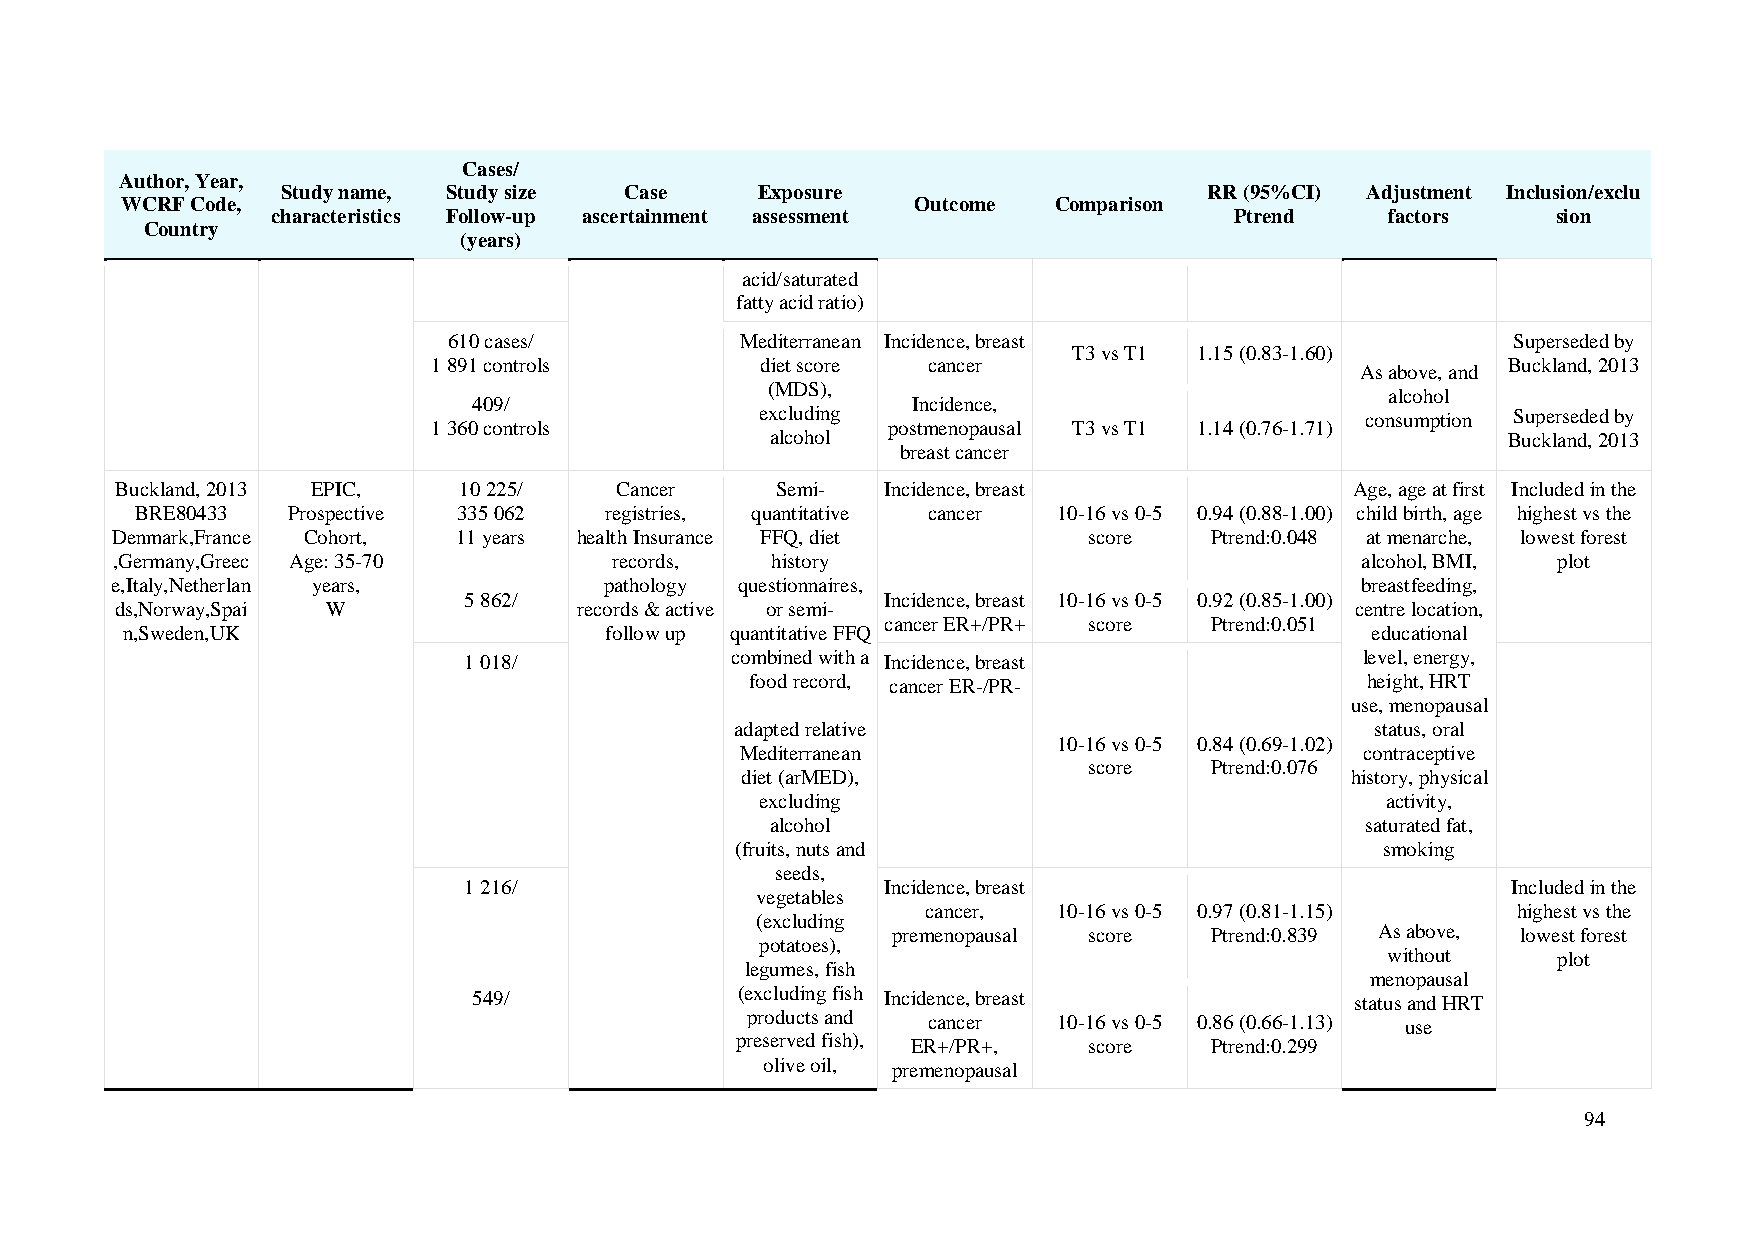
Cases/
 Author, Year,
 Study name, Study size Case    Exposure                      RR (95%CI) Adjustment Inclusion/exclu
 WCRF Code,                                           Outcome  Comparison
 characteristics Follow-up ascertainment assessment              Ptrend    factors    sion
 Country
 (years)
 acid/saturated
 fatty acid ratio)
 610 cases/         Mediterranean Incidence, breast                    Superseded by
 T3 vs T1 1.15 (0.83-1.60)
 1 891 controls       diet score cancer                                 Buckland, 2013
 As above, and
 (MDS),
 alcohol
 409/                         Incidence,
 excluding                               consumption Superseded by
 1 360 controls                postmenopausal T3 vs T1 1.14 (0.76-1.71)
 alcohol                                          Buckland, 2013
 breast cancer
 Buckland, 2013 EPIC,  10 225/    Cancer    Semi-   Incidence, breast              Age, age at first Included in the
 BRE80433  Prospective 335 062  registries, quantitative cancer 10-16 vs 0-5 0.94 (0.88-1.00) child birth, age highest vs the
 Denmark,France Cohort, 11 years health Insurance FFQ, diet       score   Ptrend:0.048 at menarche, lowest forest
 ,Germany,Greec Age: 35-70         records,  history                                alcohol, BMI, plot
 e,Italy,Netherlan years,         pathology questionnaires,                         breastfeeding,
 5 862/                      Incidence, breast 10-16 vs 0-5 0.92 (0.85-1.00)
 ds,Norway,Spai W              records & active or semi-                           centre location,
 cancer ER+/PR+ score Ptrend:0.051
 n,Sweden,UK                     follow up quantitative FFQ                         educational
 1 018/           combined with a Incidence, breast         level, energy,
 food record, cancer ER-/PR-             height, HRT
 use, menopausal
 adapted relative                          status, oral
 10-16 vs 0-5 0.84 (0.69-1.02)
 Mediterranean                            contraceptive
 score   Ptrend:0.076
 diet (arMED),                           history, physical
 excluding                                 activity,
 alcohol                                saturated fat,
 (fruits, nuts and                          smoking
 seeds,
 1 216/                      Incidence, breast                        Included in the
 vegetables
 cancer,  10-16 vs 0-5 0.97 (0.81-1.15) highest vs the
 (excluding
 premenopausal score  Ptrend:0.839 As above, lowest forest
 potatoes),
 without    plot
 legumes, fish
 menopausal
 549/              (excluding fish Incidence, breast        status and HRT
 products and cancer  10-16 vs 0-5 0.86 (0.66-1.13) use
 preserved fish), ER+/PR+, score Ptrend:0.299
 olive oil, premenopausal
 94